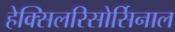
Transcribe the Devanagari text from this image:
हेक्सिलरिसोर्सिनाल